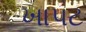
ખાપટ